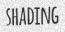
SHADING